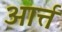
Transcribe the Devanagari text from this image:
आर्त्त